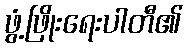
ဖွံ့ဖြိုးရေးပါတီ၏